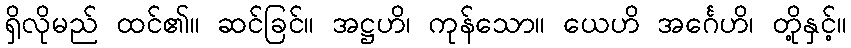
ရှိလိုမည် ထင်၏။ ဆင်ခြင်။ အဋ္ဌဟိ၊ ကုန်သော။ ယေဟိ အင်္ဂေဟိ၊ တို့နှင့်။